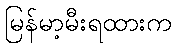
မြန်မာ့မီးရထားက